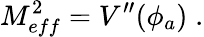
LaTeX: M_{eff}^{2}=V^{\prime\prime}(\phi_{a})\; .